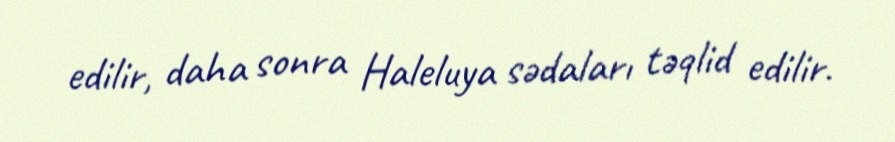
edilir, daha sonra Haleluya sədaları təqlid edilir.